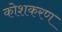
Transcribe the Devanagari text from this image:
कोशकरण